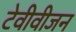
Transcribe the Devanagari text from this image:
टेवीवीजन